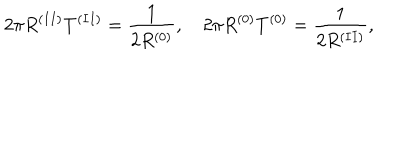
LaTeX: 2 \pi R ^ { ( I I ) } T ^ { ( I I ) } = \frac { 1 } { 2 R ^ { ( 0 ) } } , \quad 2 \pi R ^ { ( 0 ) } T ^ { ( 0 ) } = \frac { 1 } { 2 R ^ { ( I I ) } } ,